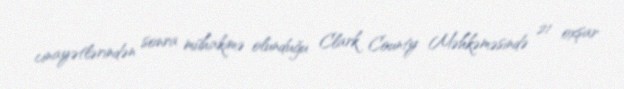
cinayətlərindən sonra mühakimə olunduğu Clark County Məhkəməsində 21 oxşar